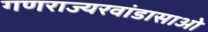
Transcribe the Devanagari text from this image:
गणराज्यरवांडासाओ